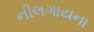
નીલગાયના